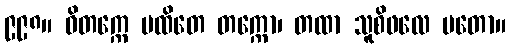
၉၉၈။ ဝိတက္ကေ မထိတေ တက္ကော၊ တထာ သူစိဖလေ မတော။